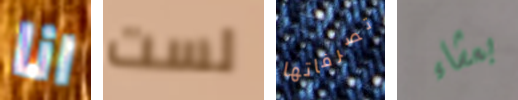
انا لست تصرفاتها بعشاء